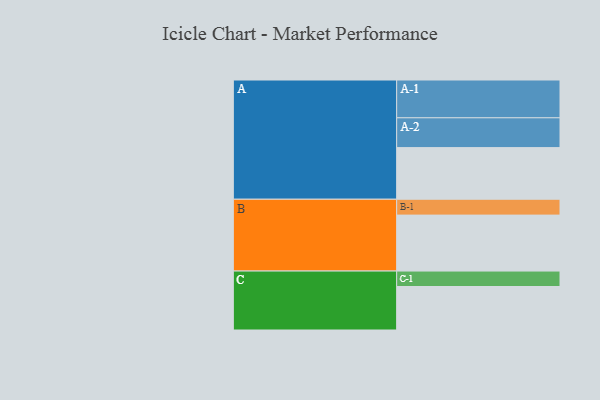
{"axis": {"x": "Segment", "y": "Value"}, "legend": ["", "A", "B", "C"], "data": [{"x": "A", "y": 381, "type": ""}, {"x": "B", "y": 413, "type": ""}, {"x": "C", "y": 321, "type": ""}, {"x": "A-1", "y": 279, "type": "A"}, {"x": "A-2", "y": 220, "type": "A"}, {"x": "B-1", "y": 117, "type": "B"}, {"x": "C-1", "y": 114, "type": "C"}]}